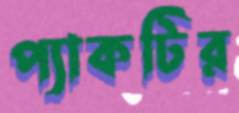
প্যাকটির